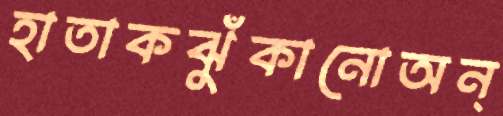
হাতাকঝুঁকানোঅন্